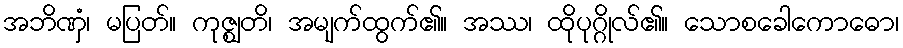
အဘိဏှံ၊ မပြတ်။ ကုဇ္ဈတိ၊ အမျက်ထွက်၏။ အဿ၊ ထိုပုဂ္ဂိုလ်၏။ သောစခေါကောဓော၊